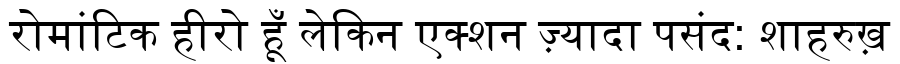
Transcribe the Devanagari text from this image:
रोमांटिक हीरो हूँ लेकिन एक्शन ज़्यादा पसंद: शाहरुख़